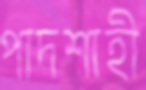
পাদশাহী